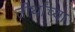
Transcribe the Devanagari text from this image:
तीर्थांच्या